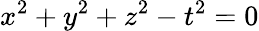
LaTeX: x^{2}+y^{2}+z^{2}-t^{2}=0